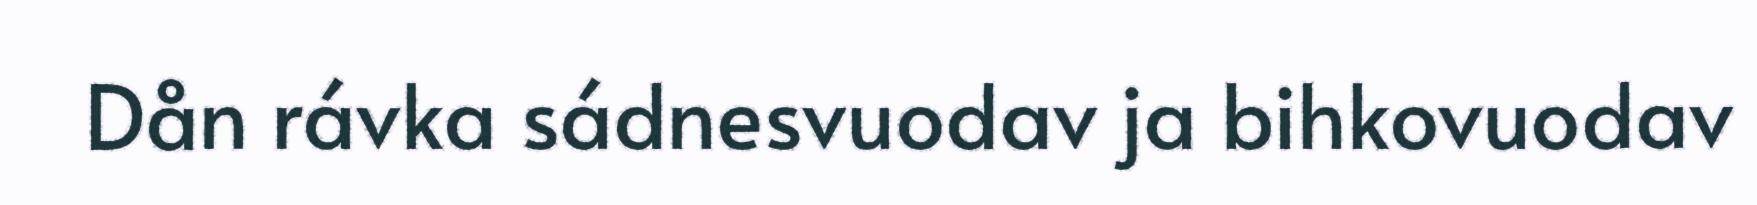
Dån rávka sádnesvuodav ja bihkovuodav